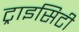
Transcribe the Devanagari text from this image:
ट्राइसिटी